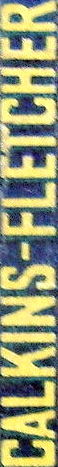
CALKING-FLETCHER